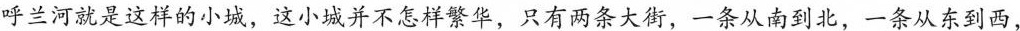
呼兰河就是这样的小城，这小城并不怎样繁华，只有两条大街，一条从南到北，一条从东到西，